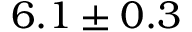
6 . 1 \pm 0 . 3